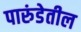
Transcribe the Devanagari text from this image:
पारुंडेतील